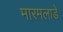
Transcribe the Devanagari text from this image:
मारमलाडे